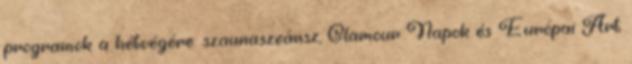
programok a hétvégére: szaunaszeánsz, Glamour Napok és Európai Art